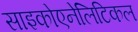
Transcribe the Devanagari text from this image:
साइकोएनेलिटिकल